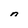
Character: n